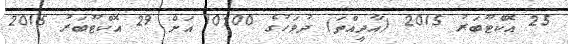
25 އޮކްޓޫބަރު 2015 (އާދީއްތަ) ދުވަހުގެ 10:00 އަށް 29 އޮކްޓޫބަރު 2015